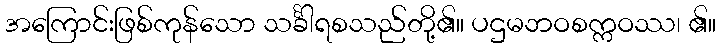
အကြောင်းဖြစ်ကုန်သော သင်္ခါရစသည်တို့၏။ ပဌမဘဝစက္ကဝဿ၊ ၏။